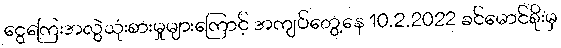
ငွေကြေးအလွဲသုံးစားမှုများကြောင့် အကျပ်တွေ့နေ 10.2.2022 ခင်မောင်စိုးမှ